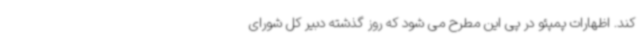
کند. اظهارات پمپئو در پی این مطرح می شود که روز گذشته دبیر کل شورای